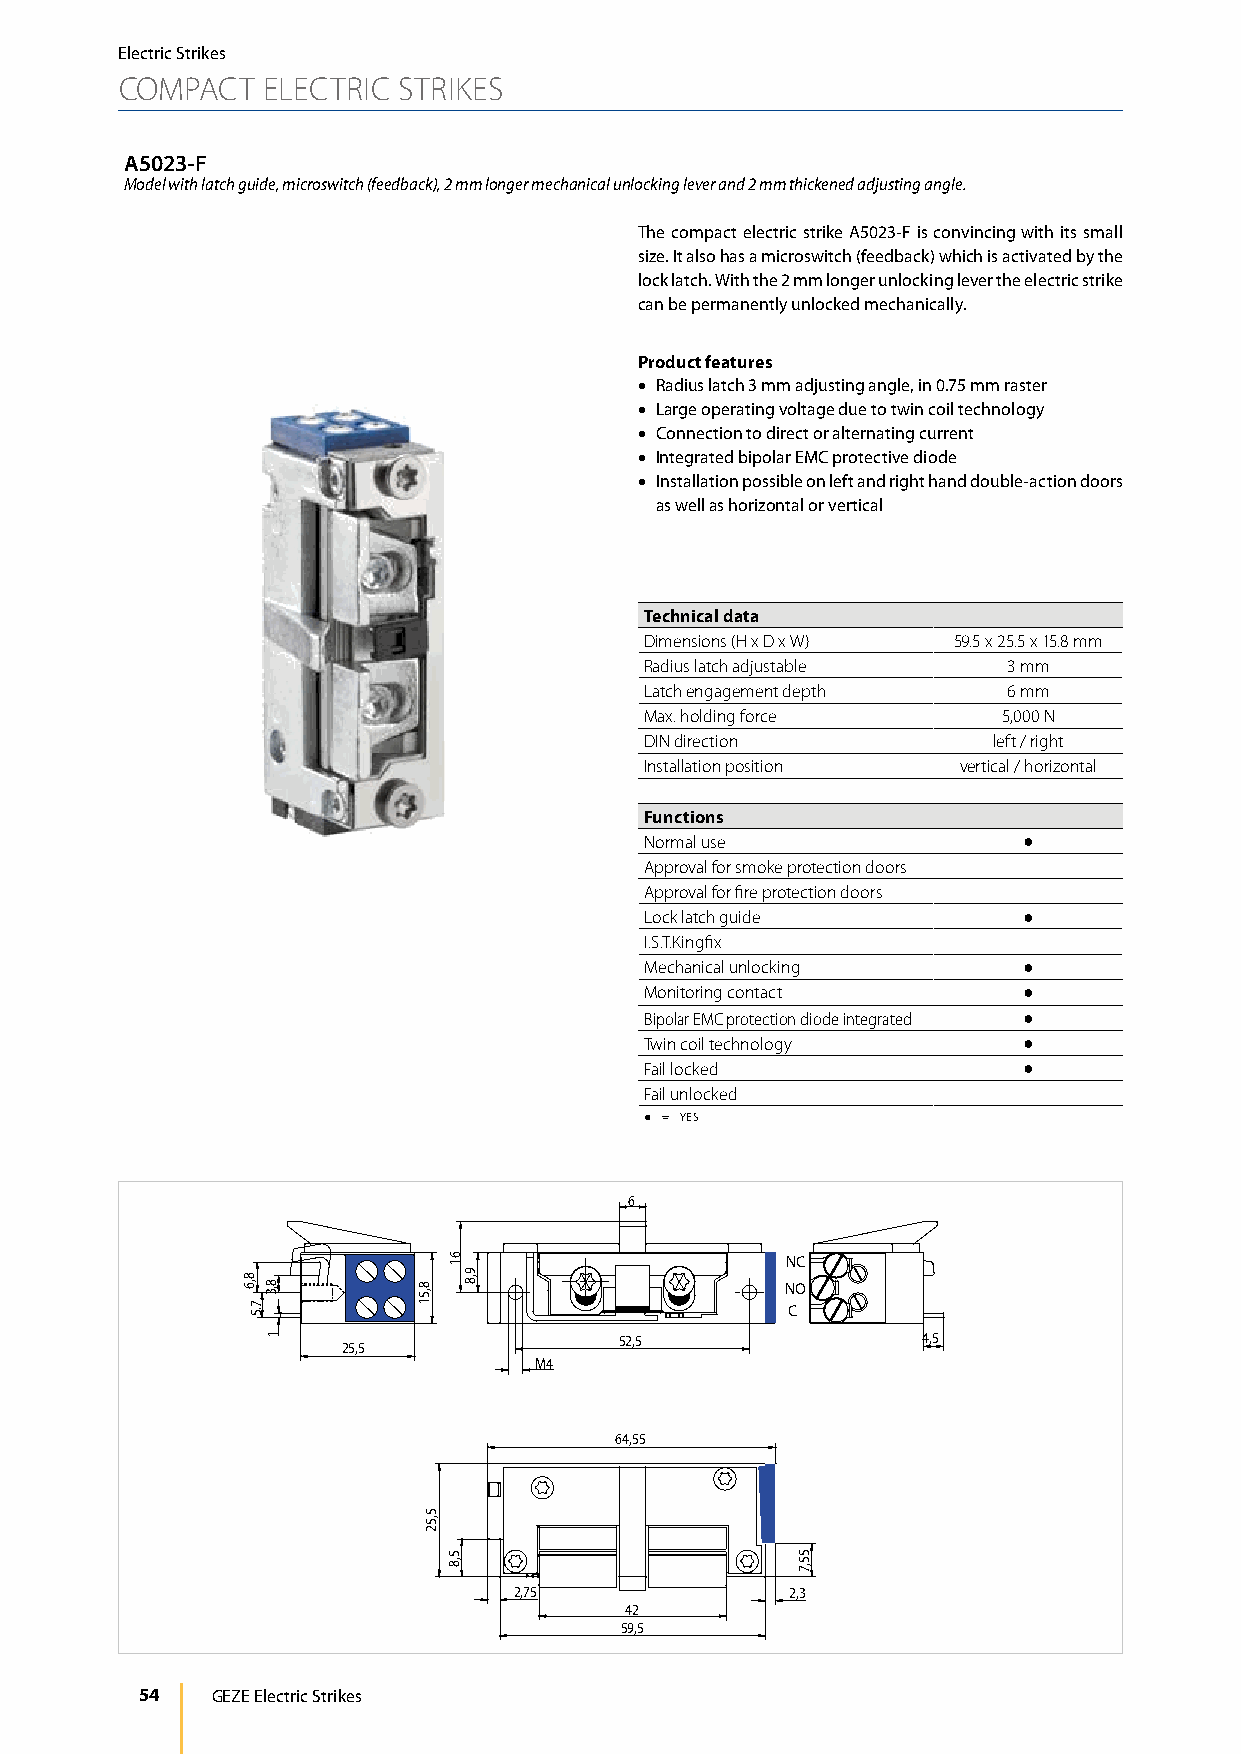
Electric Strikes
 COMPACT  ELECTRIC STRIKES
 A5023-F
 Model with latch guide, microswitch (feedback), 2 mm longer mechanical unlocking lever and 2 mm thickened adjusting angle.
 The compact electric strike A5023-F is convincing with its small
 size. It also has a microswitch (feedback) which is activated by the
 lock latch. With the 2 mm longer unlocking lever the electric strike
 can be permanently unlocked mechanically.
 Product features
 • Radius latch 3 mm adjusting angle, in 0.75 mm raster
 • Large operating voltage due to twin coil technology
 • Connection to direct or alternating current
 • Integrated bipolar EMC protective diode
 • Installation possible on left and right hand double-action doors
 as well as horizontal or vertical
 Technical data
 Dimensions (H x D x W) 59.5 x 25.5 x 15.8 mm
 Radius latch adjustable 3 mm
 Latch engagement depth  6 mm
 Max. holding force     5,000 N
 DIN direction          left / right
 Installation position vertical / horizontal
 Functions
 Normal use               ●
 Approval for smoke protection doors
 Approval for fire protection doors
 Lock latch guide         ●
 I.S.T.Kingfix
 Mechanical unlocking     ●
 Monitoring contact       ●
 Bipolar EMC protection diode integrated ●
 Twin coil technology     ●
 Fail locked              ●
 Fail unlocked
 ● = YES
 6
 NC
 NO
 C
 52,5                4,5
 25,5
 M4
 64,55
 2,75              2,3
 42
 59,5
 54   GEZE Electric Strikes
 8,6
 7.5
 8,3
 1
 8,51
 5,52
 61
 5,8
 9,8
 55,7